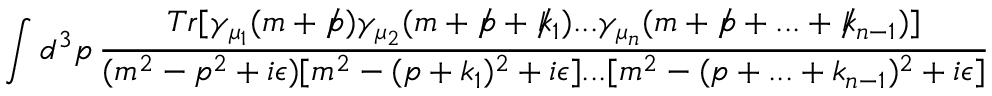
\int d ^ { 3 } p \, \frac { T r [ \gamma _ { \mu _ { 1 } } ( m + \slash \! \! \! p ) \gamma _ { \mu _ { 2 } } ( m + \slash \! \! \! p + \slash \! \! \! k _ { 1 } ) . . . \gamma _ { \mu _ { n } } ( m + \slash \! \! \! p + . . . + \slash \! \! \! k _ { n - 1 } ) ] } { ( m ^ { 2 } - p ^ { 2 } + i \epsilon ) [ m ^ { 2 } - ( p + k _ { 1 } ) ^ { 2 } + i \epsilon ] . . . [ m ^ { 2 } - ( p + . . . + k _ { n - 1 } ) ^ { 2 } + i \epsilon ] }